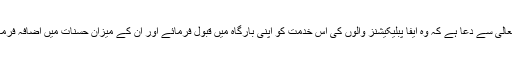
اللہ تعالی سے دعا ہے کہ وہ ایفا پبلیکیشنز والوں کی اس خدمت کو اپنی بارگاہ میں قبول فرمائے اور ان کے میزان حسنات میں اضافہ فرمائے۔